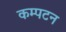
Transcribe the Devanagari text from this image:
कम्पटन